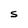
Character: S